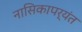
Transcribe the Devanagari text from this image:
नासिकापर्यंत